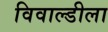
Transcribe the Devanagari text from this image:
विवाल्डीला